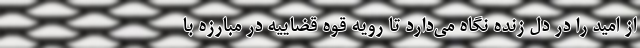
از امید را در دل زنده نگاه می‌دارد تا رویه قوه قضاییه در مبارزه با